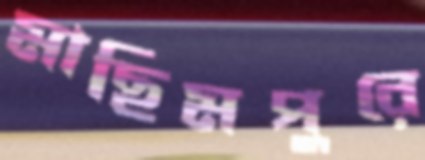
মাছিমপুরে